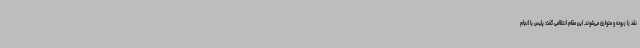
نقد را ربوده و متواری می‌شوند. این مقام انتظامی گفت: پلیس با انجام